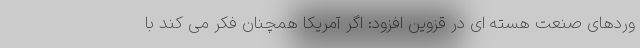
وردهای صنعت هسته ای در قزوین افزود: اگر آمریکا همچنان فکر می کند با